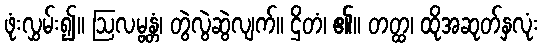
ဖုံးလွှမ်း၍။ ဩလမ္ဗန္တံ၊ တွဲလွဲဆွဲလျက်။ ဌိတံ၊ ၏။ တတ္ထ၊ ထိုအဆုတ်နှလုံး